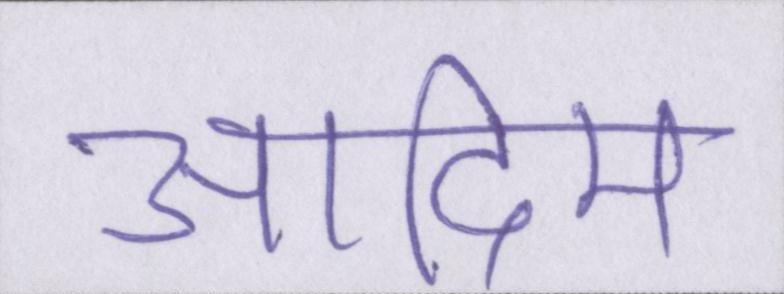
आदिम